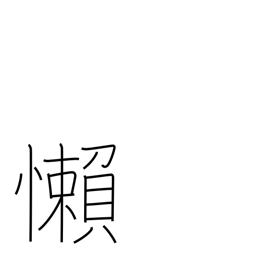
Meaning: be negligent